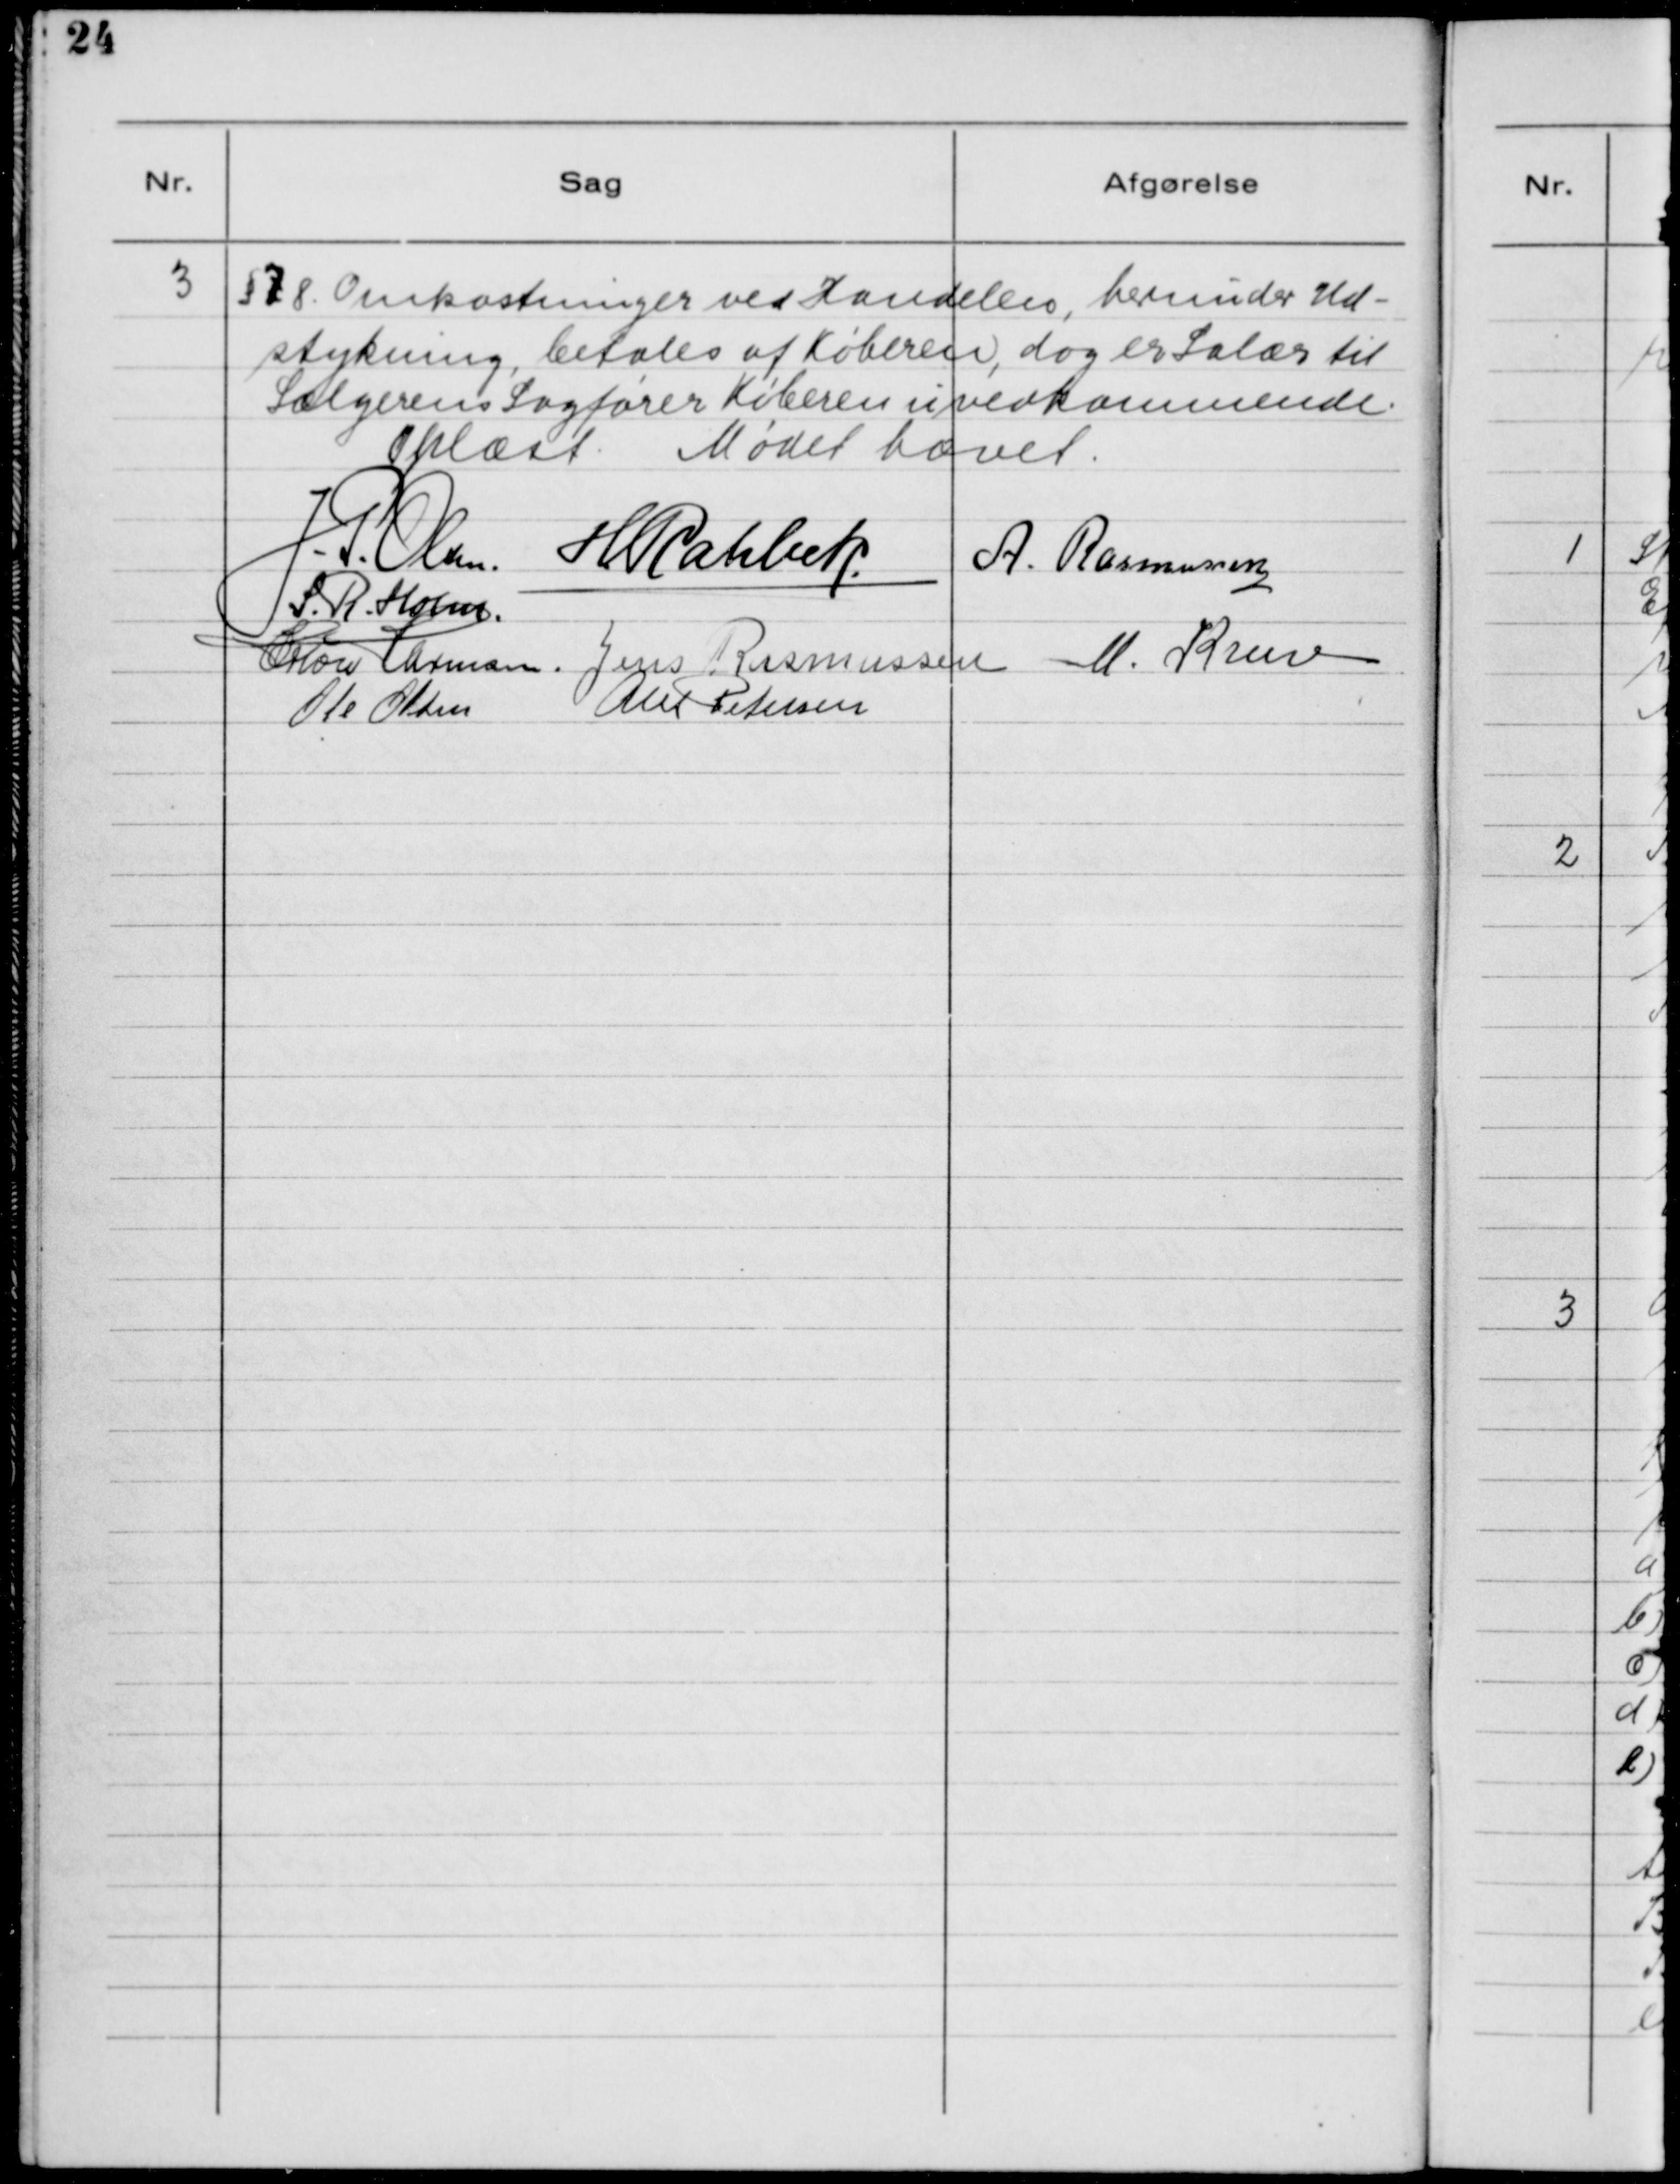
Transskription:
3. §78. Omkostninger ved Handelen, herunder Ud-
stykning, betales af Køberen, dog er Salær til
Sælgerens Sagfører Køberen uvedkommende.
Oplæst. Mødet hævet.